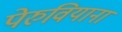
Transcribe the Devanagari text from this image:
पेरुवियाना